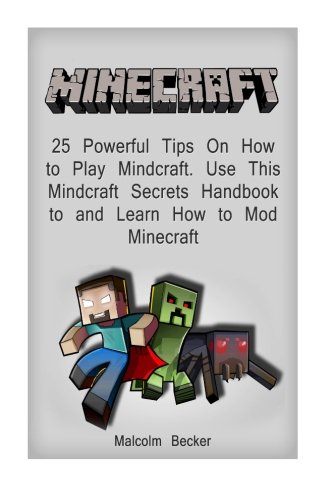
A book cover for Minecraft: 25 Powerful Tips On How to Play Minecraft. Use This MINECRAFT SECRETS Handbook to and Learn How to Mod Minecraft (Minecraft secrets handbook, how to play minecraft, how to mod minecraft); Malcolm Becker; Humor & Entertainment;